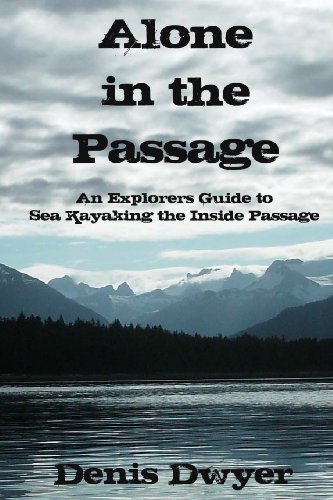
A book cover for Alone in the Passage: An Explorers Guide to Sea Kayaking the Inside Passage; Denis Dwyer; Sports & Outdoors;